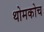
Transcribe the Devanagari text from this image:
थोमकोच